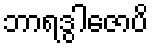
ဘာရဒွါဇောပိ